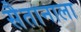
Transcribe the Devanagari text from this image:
सैतानाला